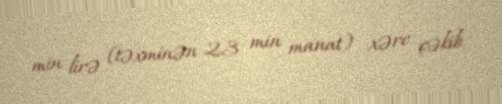
min lirə (təxminən 23 min manat) xərc çəkib.